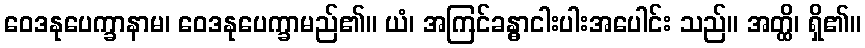
ဝေဒနုပေက္ခာနာမ၊ ဝေဒနုပေက္ခာမည်၏။ ယံ၊ အကြင်ခန္ဓာငါးပါးအပေါင်း သည်။ အတ္ထိ၊ ရှိ၏။